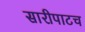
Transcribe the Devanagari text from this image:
सारीपाटच